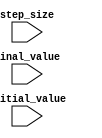
module incremental_for_loop (
    input initial_value,
    input final_value,
    input step_size
);

reg [31:0] count;

always @ (posedge clk) begin
    if (count < final_value) begin
        count <= count + step_size;
        // Perform operations based on count
    end
end

endmodule